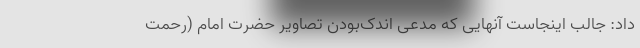
داد: جالب اینجاست آنهایی که مدعی اندک‌بودن تصاویر حضرت امام (رحمت